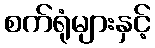
စက်ရုံများနှင့်